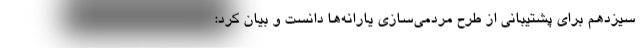
سیزدهم برای پشتیبانی از طرح مردمی‌سازی یارانه‌ها دانست و بیان کرد:‌